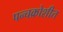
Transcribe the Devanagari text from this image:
पन्चक्रोशीत